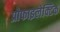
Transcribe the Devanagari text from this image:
प्रोफाइलेक्टिक